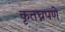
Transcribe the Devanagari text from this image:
कृतघ्नपणे